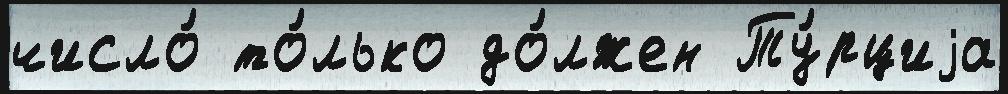
число́ то́лько до́лжен Ту́рциjа